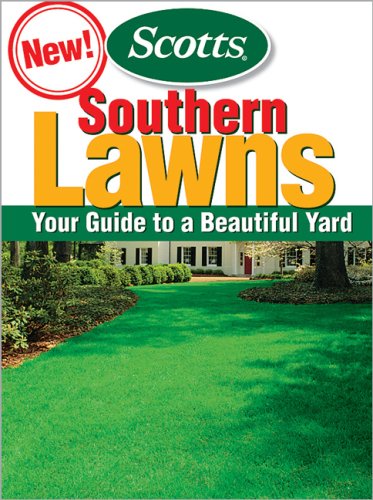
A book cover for Southern Lawns: Your Guide to to a Beautiful Yard; Scotts; Crafts, Hobbies & Home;